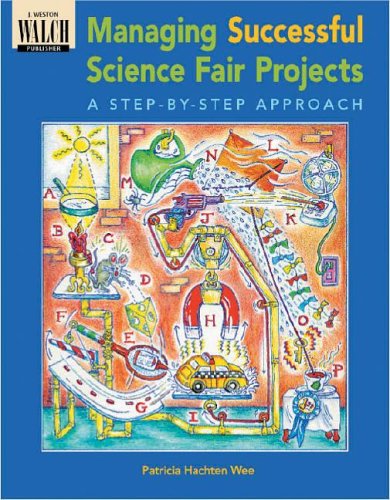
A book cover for Managing Successful Science Fair Projects: A Step-By-Step Approach; Patricia Hachten Wee; Science & Math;